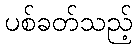
ပစ်ခတ်သည့်